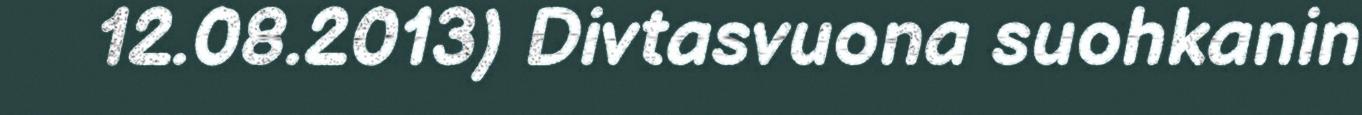
12.08.2013) Divtasvuona suohkanin